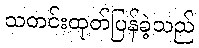
သတင်းထုတ်ပြန်ခဲ့သည်